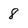
Character: 8